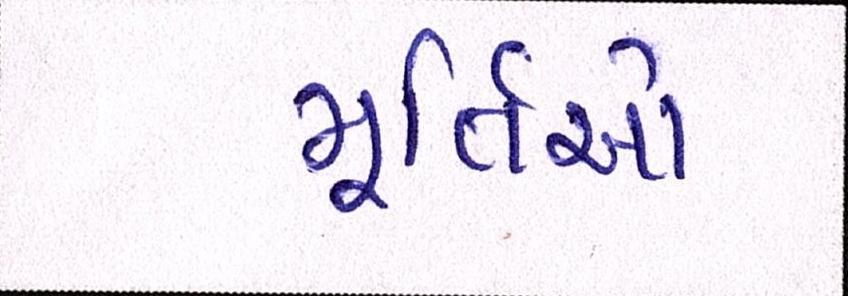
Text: મૂર્તિઓ